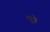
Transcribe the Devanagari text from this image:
धुत्रे